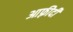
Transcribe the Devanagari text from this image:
आफ़्रीदी